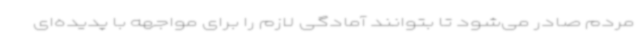
مردم صادر می‌شود تا بتوانند آمادگی لازم را برای مواجهه با پدیده‌ای